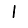
Digit: 1